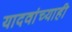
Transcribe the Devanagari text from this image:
यादवांच्याही